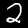
Label: 2